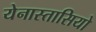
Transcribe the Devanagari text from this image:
येनास्तासियो